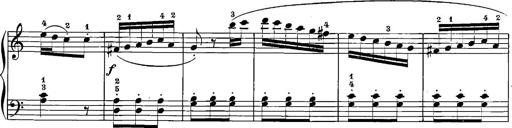
Title: 12 Sonatinas
Composer: Ignaz Pleyel